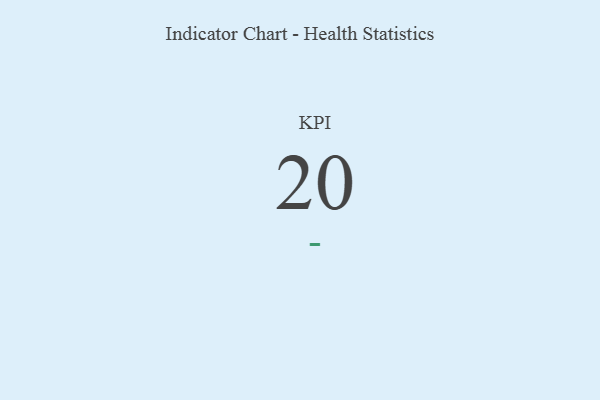
{"axis": {"x": "KPI", "y": "Value"}, "legend": [""], "data": [{"x": "KPI", "y": 20, "type": ""}]}